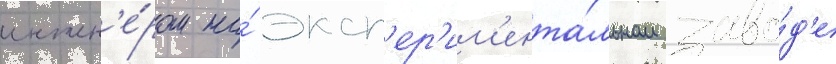
инжен'е́ром на́ эксп'ер'им'ента́льном заво́д'е